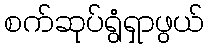
စက်ဆုပ်ရွံရှာဖွယ်